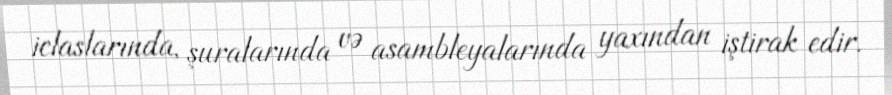
iclaslarında, şuralarında və asambleyalarında yaxından iştirak edir.